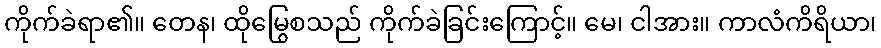
ကိုက်ခဲရာ၏။ တေန၊ ထိုမြွေစသည် ကိုက်ခဲခြင်းကြောင့်။ မေ၊ ငါအား။ ကာလံကိရိယာ၊